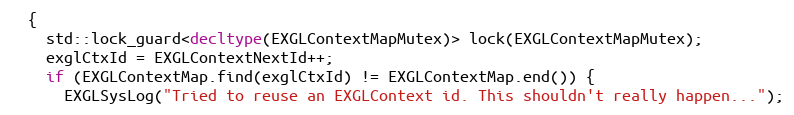
Language: C++
  {
    std::lock_guard<decltype(EXGLContextMapMutex)> lock(EXGLContextMapMutex);
    exglCtxId = EXGLContextNextId++;
    if (EXGLContextMap.find(exglCtxId) != EXGLContextMap.end()) {
      EXGLSysLog("Tried to reuse an EXGLContext id. This shouldn't really happen...");